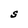
Character: S